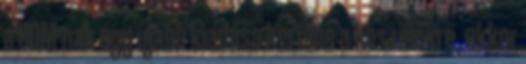
a ROM-nak egy újabb kiadása kerülne a készülékre, akkor